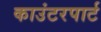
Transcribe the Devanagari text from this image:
काउंटरपार्ट